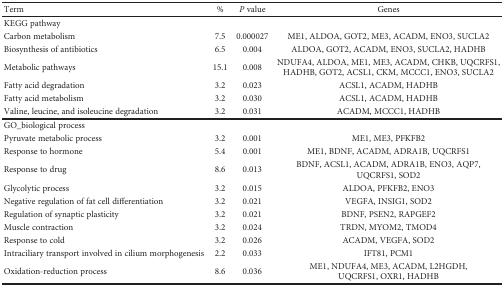
<table><thead><tr><td><b>Term</b></td><td><b>%</b></td><td><b><i>P</i> value</b></td><td><b>Genes</b></td></tr></thead><tbody><tr><td colspan="4">KEGG pathway</td></tr><tr><td>Carbon metabolism</td><td>7.5</td><td>0.000027</td><td>ME1, ALDOA, GOT2, ME3, ACADM, ENO3, SUCLA2</td></tr><tr><td>Biosynthesis of antibiotics</td><td>6.5</td><td>0.004</td><td>ALDOA, GOT2, ACADM, ENO3, SUCLA2, HADHB</td></tr><tr><td>Metabolic pathways</td><td>15.1</td><td>0.008</td><td>NDUFA4, ALDOA, ME1, ME3, ACADM, CHKB, UQCRFS1, HADHB, GOT2, ACSL1, CKM, MCCC1, ENO3, SUCLA2</td></tr><tr><td>Fatty acid degradation</td><td>3.2</td><td>0.023</td><td>ACSL1, ACADM, HADHB</td></tr><tr><td>Fatty acid metabolism</td><td>3.2</td><td>0.030</td><td>ACSL1, ACADM, HADHB</td></tr><tr><td>Valine, leucine, and isoleucine degradation</td><td>3.2</td><td>0.031</td><td>ACADM, MCCC1, HADHB</td></tr><tr><td colspan="4">GO_biological process</td></tr><tr><td>Pyruvate metabolic process</td><td>3.2</td><td>0.001</td><td>ME1, ME3, PFKFB2</td></tr><tr><td>Response to hormone</td><td>5.4</td><td>0.001</td><td>ME1, BDNF, ACADM, ADRA1B, UQCRFS1</td></tr><tr><td>Response to drug</td><td>8.6</td><td>0.013</td><td>BDNF, ACSL1, ACADM, ADRA1B, ENO3, AQP7, UQCRFS1, SOD2</td></tr><tr><td>Glycolytic process</td><td>3.2</td><td>0.015</td><td>ALDOA, PFKFB2, ENO3</td></tr><tr><td>Negative regulation of fat cell differentiation</td><td>3.2</td><td>0.021</td><td>VEGFA, INSIG1, SOD2</td></tr><tr><td>Regulation of synaptic plasticity</td><td>3.2</td><td>0.021</td><td>BDNF, PSEN2, RAPGEF2</td></tr><tr><td>Muscle contraction</td><td>3.2</td><td>0.024</td><td>TRDN, MYOM2, TMOD4</td></tr><tr><td>Response to cold</td><td>3.2</td><td>0.026</td><td>ACADM, VEGFA, SOD2</td></tr><tr><td>Intraciliary transport involved in cilium morphogenesis</td><td>2.2</td><td>0.033</td><td>IFT81, PCM1</td></tr><tr><td>Oxidation-reduction process</td><td>8.6</td><td>0.036</td><td>ME1, NDUFA4, ME3, ACADM, L2HGDH, UQCRFS1, OXR1, HADHB</td></tr></tbody></table>